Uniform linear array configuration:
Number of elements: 48
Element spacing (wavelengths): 1
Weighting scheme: blackman
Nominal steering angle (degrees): -15
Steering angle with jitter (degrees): -14.895
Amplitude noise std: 0.05
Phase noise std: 0.05

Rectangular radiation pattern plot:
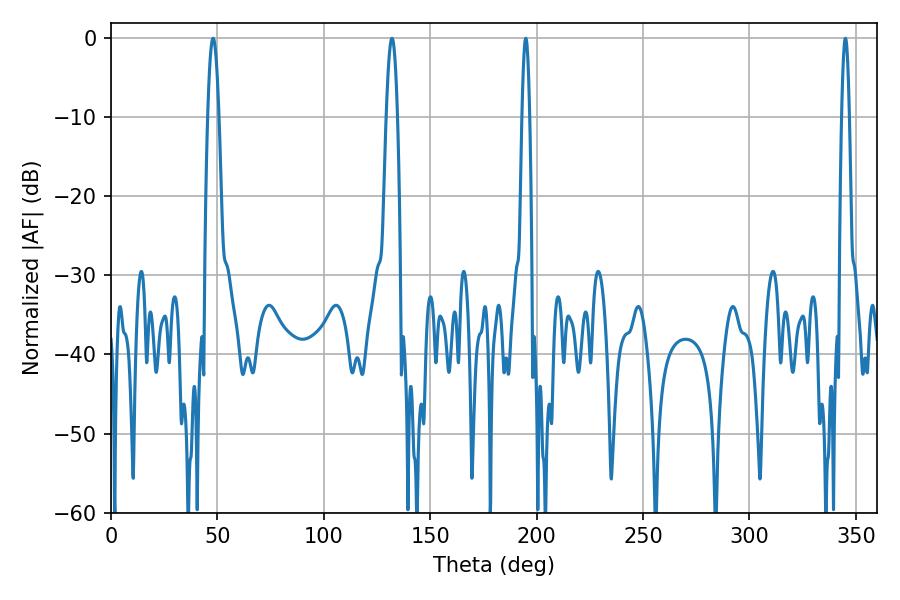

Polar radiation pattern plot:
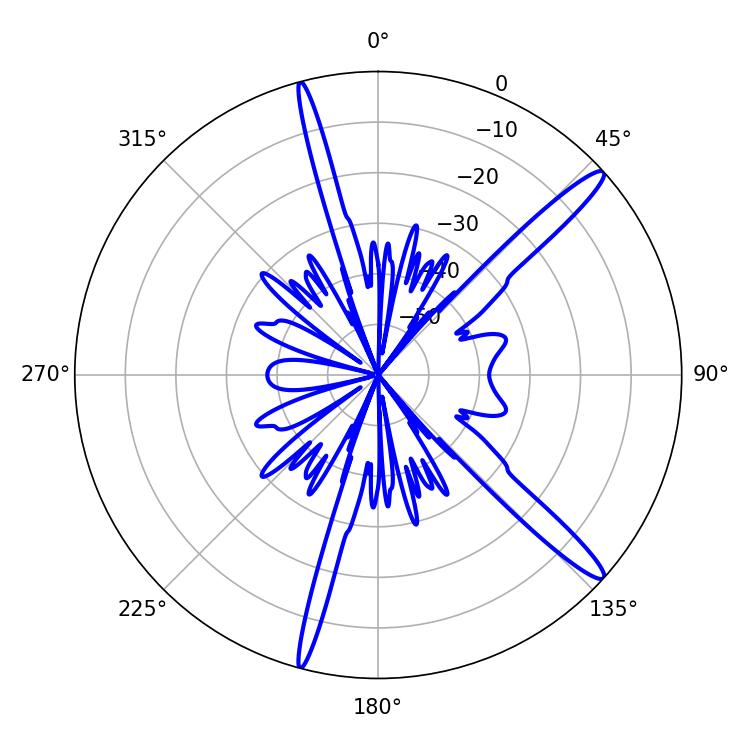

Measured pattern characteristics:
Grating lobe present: TRUE
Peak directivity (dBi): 15.039
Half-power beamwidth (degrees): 1.8
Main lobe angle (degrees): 194.94